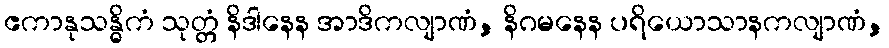
ဧကာနုသန္ဓိကံ သုတ္တံ နိဒါနေန အာဒိကလျာဏံ, နိဂမနေန ပရိယောသာနကလျာဏံ,